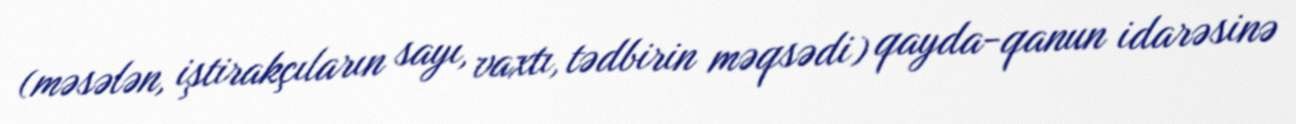
(məsələn, iştirakçıların sayı, vaxtı, tədbirin məqsədi) qayda-qanun idarəsinə